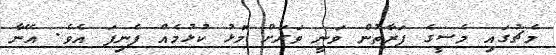
މެޗުގައި މެސީގެ ފަރާތުން ވަނީ ވަރަށް މޮޅު ކުޅުމެއް ފެނިފަ އެވެ. އޭނާ